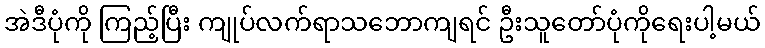
အဲဒီပုံကို ကြည့်ပြီး ကျုပ်လက်ရာသဘောကျရင် ဦးသူတော်ပုံကိုရေးပါ့မယ်